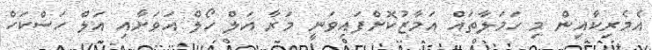
އެމެރިކާއިން މި ހަމަލާތައް އަމާޒުކޮށްފައިވަނީ މަރާ އަލް ހޯލް އަވަށާއި އަލް ހަސްކަހް